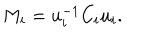
M _ { i } = u _ { i } ^ { - 1 } C _ { i } u _ { i } .